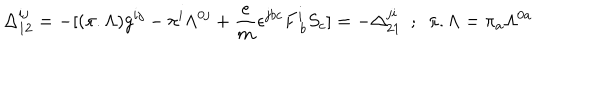
LaTeX: \Delta _ { 1 2 } ^ { i j } = - [ ( \pi . \Lambda ) g ^ { i j } - \pi ^ { i } \Lambda ^ { 0 j } + { \frac { e } { m } } \epsilon ^ { j b c } F _ { ~ b } ^ { i } S _ { c } ] = - \Delta _ { 2 1 } ^ { j i } ~ ~ ; ~ ~ \pi . \Lambda = \pi _ { a } \Lambda ^ { 0 a }